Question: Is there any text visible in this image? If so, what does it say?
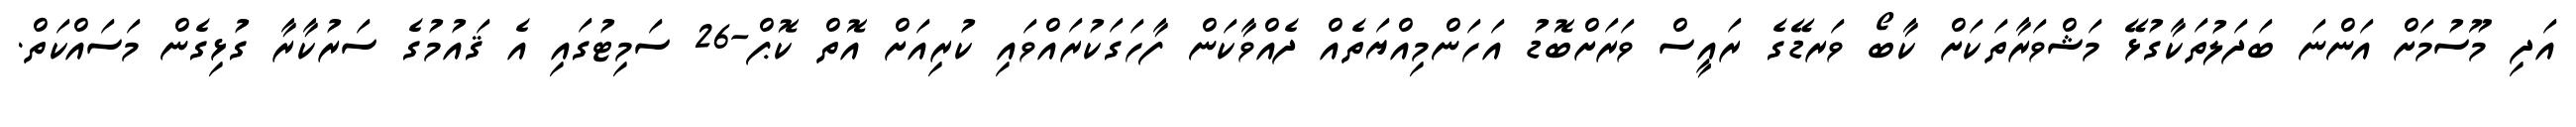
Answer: އަދި މޫސުމަށް އަންނަ ބަދަލުތަކާގުޅޭ މަޝްވަރާތަކަށް ކާބޯ ވަރޑޭގެ ރައީސް ވަރަށްބޮޑު އަހަންމިއްޔަތެއް ދެއްވާކަން ފާހަގަކުރައްވައި ކުރިއަށް އޮތް ކޮޕް-26 ސަމިޓުގައި އެ ޤައުމުގެ ސަރުކާރާ ގުޅިގެން މަސައްކަތް.